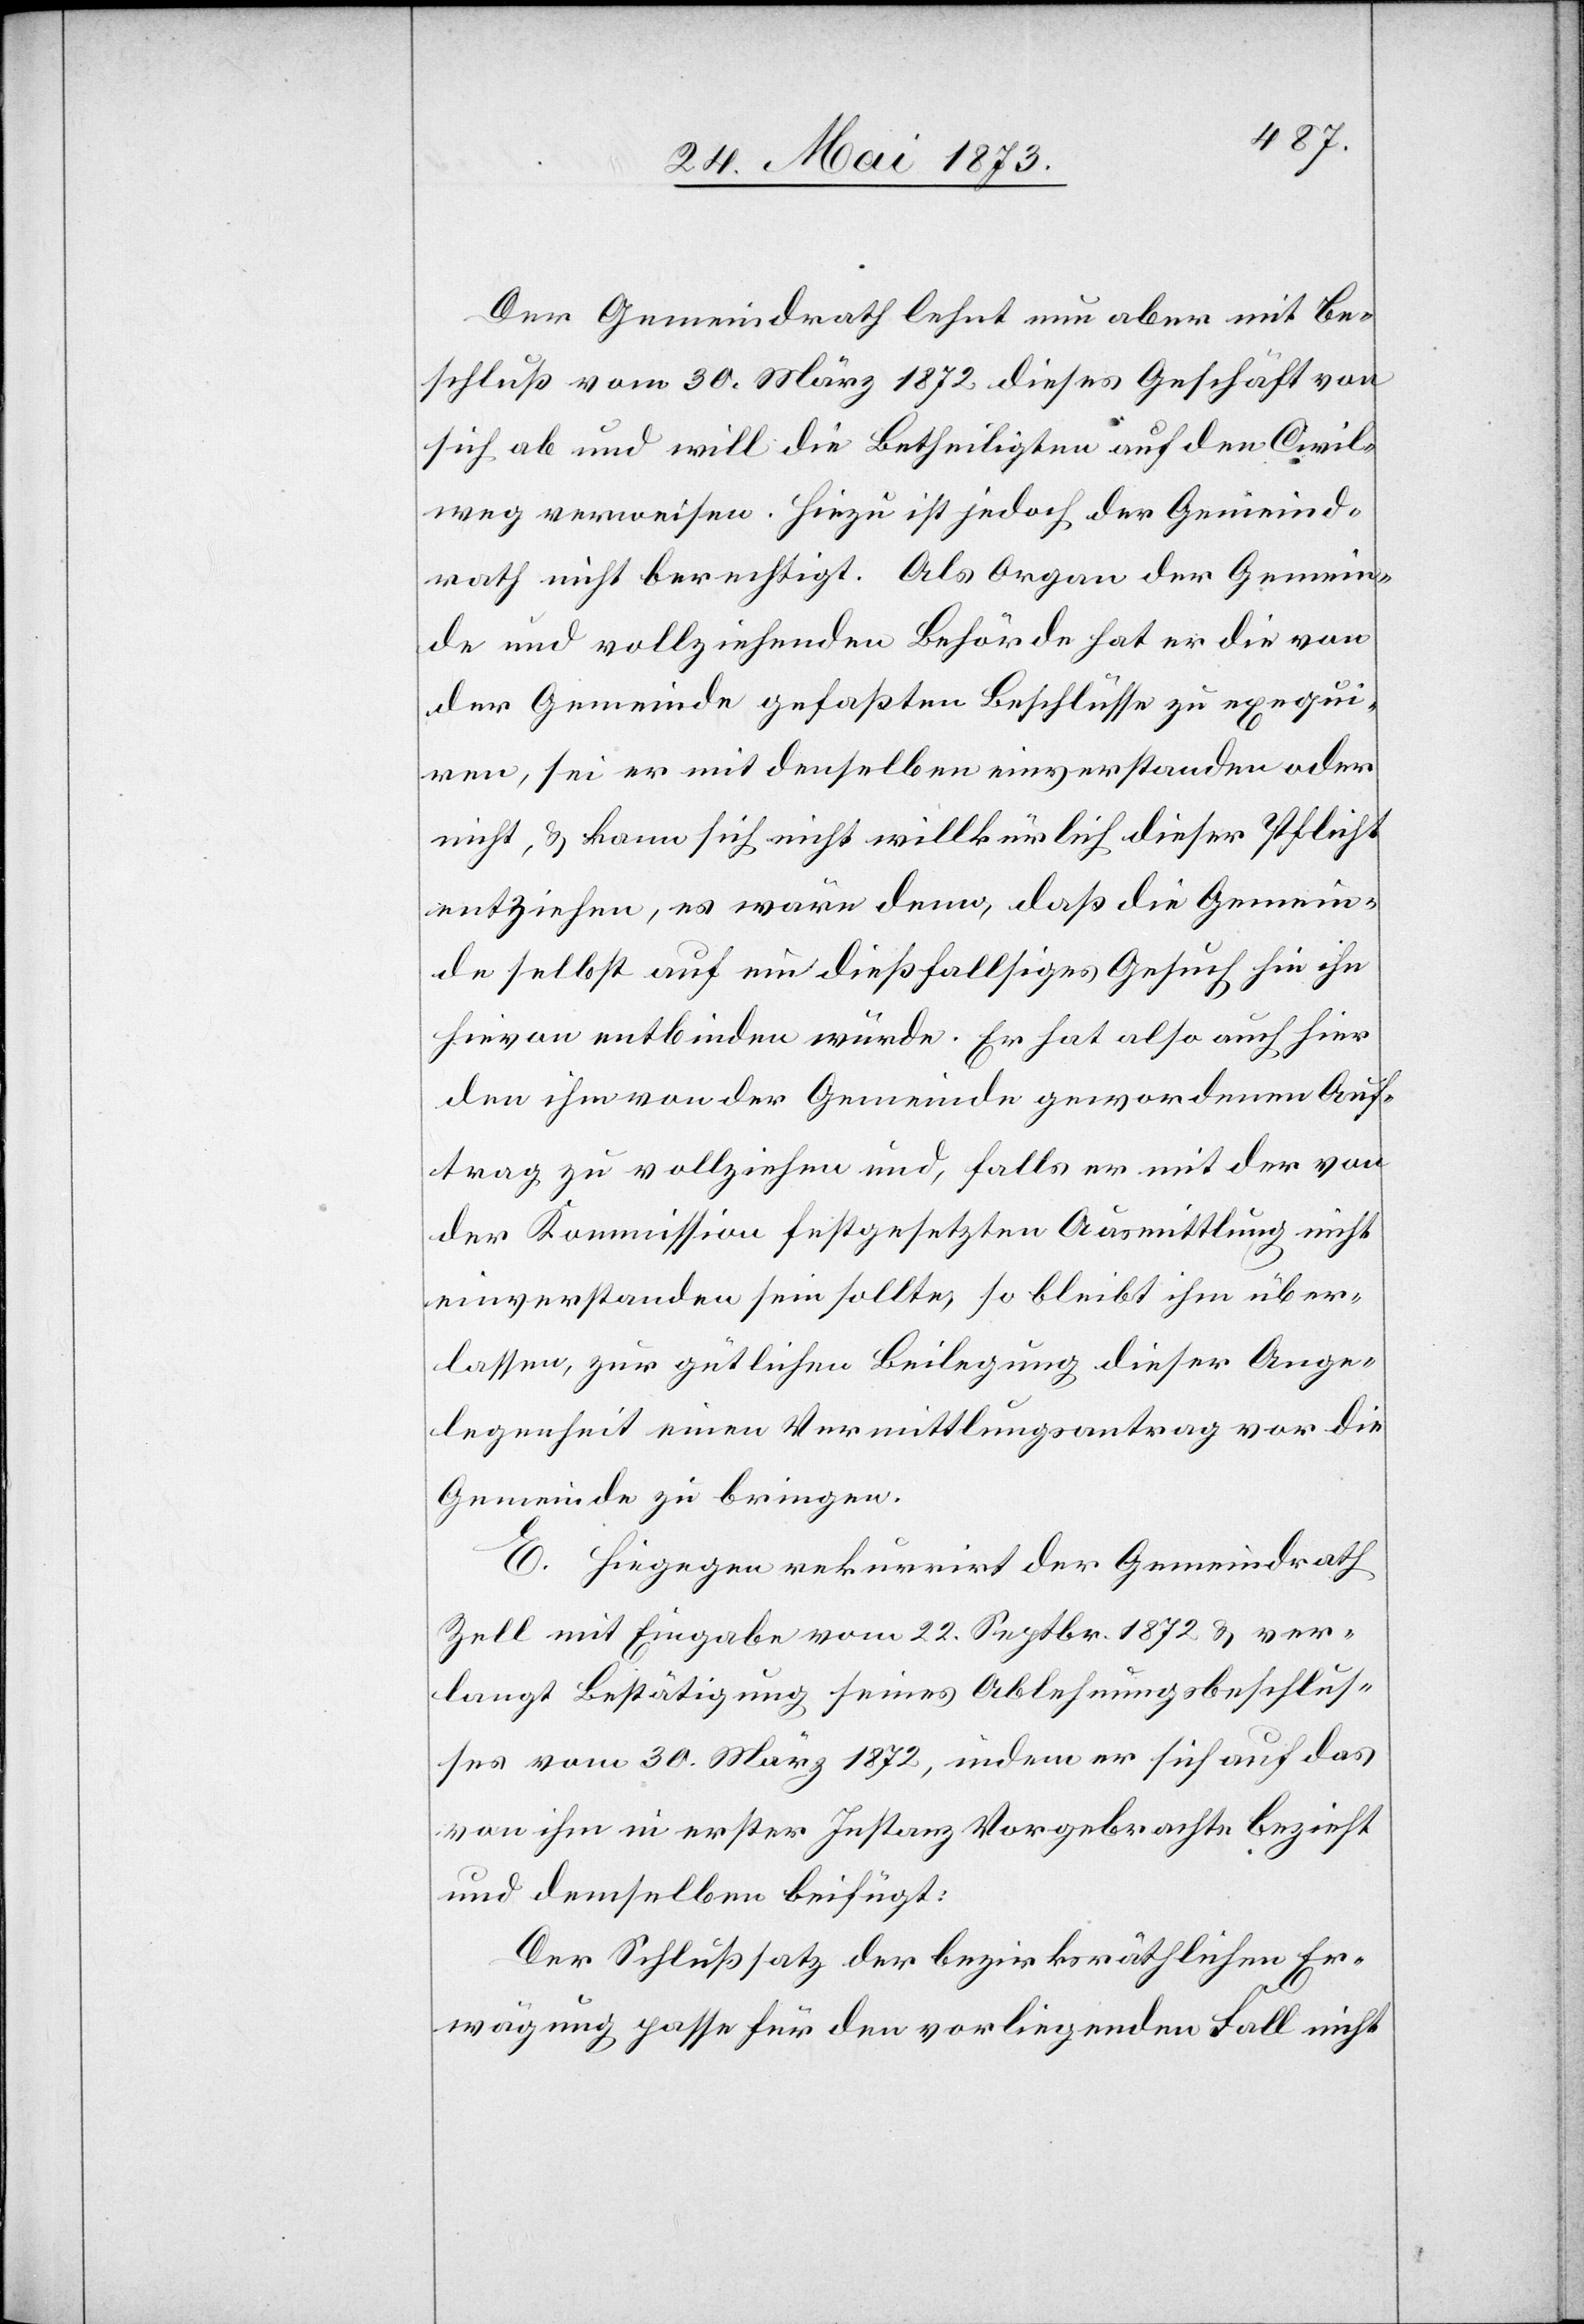
Der Gemeindrath lehnt nun aber mit Be¬
schluß vom 30. März 1872 dieses Geschäft von
sich ab und will die Betheiligten auf den Civil¬
weg verweisen. Hiezu ist jedoch der Gemeind¬
rath nicht berechtigt. Als Organ der Gemein¬
de und vollziehenden Behörde hat er die von
der Gemeinde gefaßten Beschlüsse zu exequi¬
ren, sei er mit denselben einverstanden oder
nicht, & kann sich nicht willkürlich dieser Pflicht
entziehen, es wäre denn, daß die Gemein¬
de selbst auf ein dießfallsiges Gesuch hin ihn
hievon entbinden würde. Er hat also auch hier
den ihm von der Gemeinde gewordenen Auf¬
trag zu vollziehen und, falls er mit der von
der Kommission festgesetzten Ausmittlung nicht
einverstanden sein sollte, so bleibt ihm über¬
lassen, zur gütlichen Beilegung dieser Ange¬
legenheit einen Vermittlungsantrag vor die
Gemeinde zu bringen.
E. Hingegen rekurrirt der Gemeindrath
Zell mit Eingabe vom 22. Septbr. 1872 & ver¬
langt Bestätigung seines Ablehnungsbeschlus¬
ses vom 30. März 1872, indem er sich auf das
von ihm in erster Instanz Vorgebrachte bezieht
und demselben beifügt:
Der Schlußsatz der bezirksräthlichen Er¬
wägung passe für den vorliegenden Fall nicht